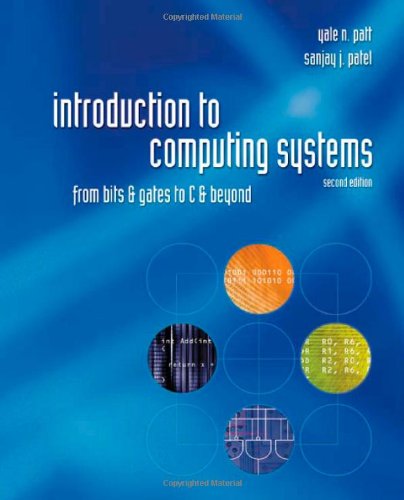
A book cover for Introduction to Computing Systems: From bits & gates to C & beyond; Yale Patt; Computers & Technology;